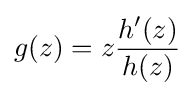
g(z)=z{h^{\prime }(z) \over h(z)}